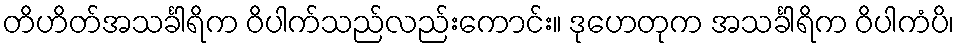
တိဟိတ်အသင်္ခါရိက ဝိပါက်သည်လည်းကောင်း။ ဒုဟေတုက အသင်္ခါရိက ဝိပါကံပိ၊